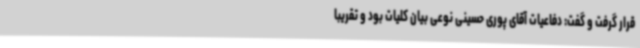
قرار گرفت و گفت: دفاعیات آقای پوری حسینی نوعی بیان کلیات بود و تقریباً